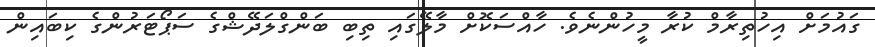
ގައުމަށް އިހުތިރާމް ކުރާ މީހުންނެވެ. ހާއްސަކޮށް މާލޭގައި ތިބި ބަންގްލަދޭޝްގެ ސަޕޯޓަރުންގެ ކިބައިން